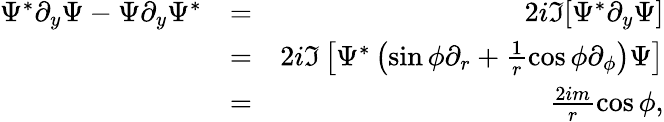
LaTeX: \begin{array}{rlr}{\Psi^{*}\partial_{y}\Psi-\Psi\partial_{y}\Psi^{*}}&{=}&{2i\Im[\Psi^{*}\partial_{y}\Psi]}\\ &{=}&{2i\Im\left[\Psi^{*}\left(\sin\phi\partial_{r}+\frac{1}{r}\cos\phi\partial_{\phi}\right)\Psi\right]}\\ &{=}&{\frac{2im}{r}\cos\phi,}\end{array}